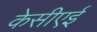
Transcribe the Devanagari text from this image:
केसीएई